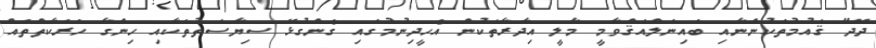
ދޭދޭ ޤައުމުތަކުންނާއި ބައިނަލްއަޤްވާމީ މާލީ އިދާރާތަކުން އެހީދިނުމުގައި ގެންގުޅޭ ސިޔާސަތުތަކާއި ހިންގާ ހަރަކާތްތައް